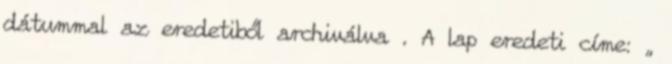
dátummal az eredetiből archiválva . A lap eredeti címe: „